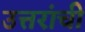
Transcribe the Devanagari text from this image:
उत्तरांची